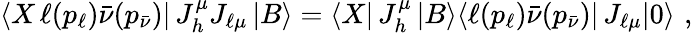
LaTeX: \langle X\, \ell(p_{\ell})\bar{\nu}(p_{\bar{\nu}})|\, J_{h}^{\mu}J_{\ell\mu}\, |B\rangle=\langle X|\, J_{h}^{\mu}\, |B\rangle\langle\ell(p_{\ell})\bar{\nu}(p_{\bar{\nu}})|\, J_{\ell\mu}|0\rangle\, \, ,